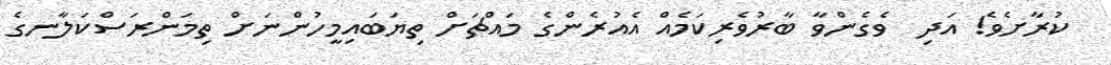
ކުރާށެވެ! އަދި  ވެގެންވާ ބާރުވެރިކަމެއް އެއުރެންގެ މައްޗަށް ތިޔަބައިމީހުންނަށް ތިމަންރަސްކަލާނގެ